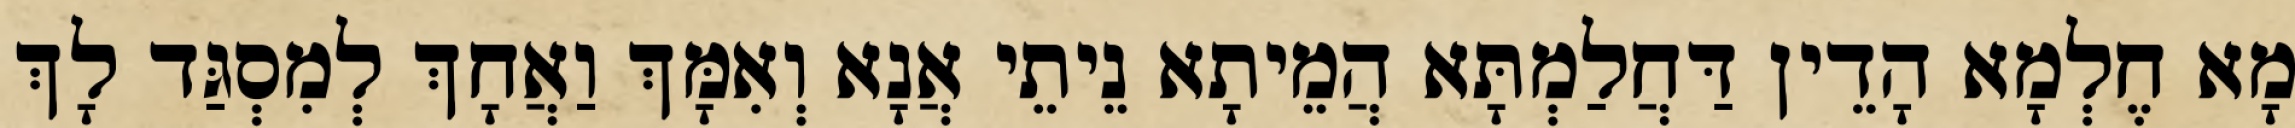
מָא חֶלְמָא הָדֵין דַּחֲלַמְתָּא הֲמֵיתָא נֵיתֵי אֲנָא וְאִמָּךְ וַאֲחָךְ לְמִסְגַּד לָךְ